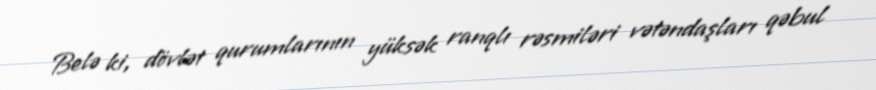
Belə ki, dövlət qurumlarının yüksək ranqlı rəsmiləri vətəndaşları qəbul